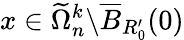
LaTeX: x\in\widetilde\Omega_{n}^{k}\backslash\overline{B}_{R_{0}^{\prime}}(0)